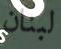
لبنان